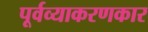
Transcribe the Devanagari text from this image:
पूर्वव्याकरणकार